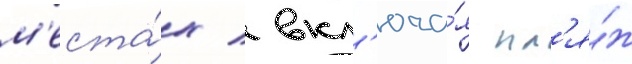
м'еста́х / вкл'юча́я пл'я́ж